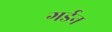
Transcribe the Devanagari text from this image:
गर्डन